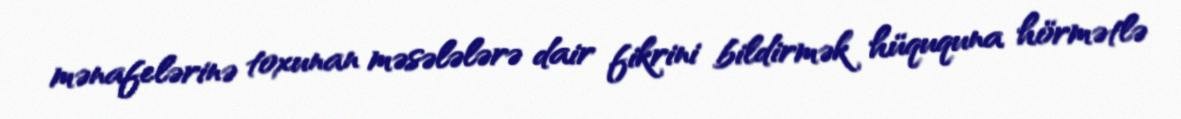
mənafelərinə toxunan məsələlərə dair fikrini bildirmək hüququna hörmətlə